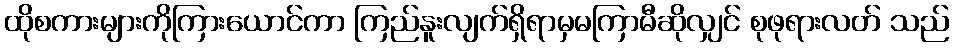
ထိုစကားများကိုကြားယောင်ကာ ကြည်နူးလျက်ရှိရာမှမကြာမီဆိုလျှင် စုဖုရားလတ် သည်